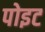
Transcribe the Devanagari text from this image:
पोइट